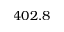
4 0 2 . 8